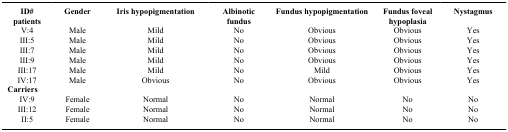
<table><thead><tr><td><b>ID# patients</b></td><td><b>Gender</b></td><td><b>Iris hypopigmentation</b></td><td><b>Albinotic fundus</b></td><td><b>Fundus hypopigmentation</b></td><td><b>Fundus foveal hypoplasia</b></td><td><b>Nystagmus</b></td></tr></thead><tbody><tr><td>V:4</td><td>Male</td><td>Mild</td><td>No</td><td>Obvious</td><td>Obvious</td><td>Yes</td></tr><tr><td>III:5</td><td>Male</td><td>Mild</td><td>No</td><td>Obvious</td><td>Obvious</td><td>Yes</td></tr><tr><td>III:7</td><td>Male</td><td>Mild</td><td>No</td><td>Obvious</td><td>Obvious</td><td>Yes</td></tr><tr><td>III:9</td><td>Male</td><td>Mild</td><td>No</td><td>Obvious</td><td>Obvious</td><td>Yes</td></tr><tr><td>III:17</td><td>Male</td><td>Mild</td><td>No</td><td>Mild</td><td>Obvious</td><td>Yes</td></tr><tr><td>IV:17</td><td>Male</td><td>Obvious</td><td>No</td><td>Obvious</td><td>Obvious</td><td>Yes</td></tr><tr><td colspan="7"><b>Carriers</b></td></tr><tr><td>IV:9</td><td>Female</td><td>Normal</td><td>No</td><td>Normal</td><td>No</td><td>No</td></tr><tr><td>III:12</td><td>Female</td><td>Normal</td><td>No</td><td>Normal</td><td>No</td><td>No</td></tr><tr><td>II:5</td><td>Female</td><td>Normal</td><td>No</td><td>Normal</td><td>No</td><td>No</td></tr></tbody></table>